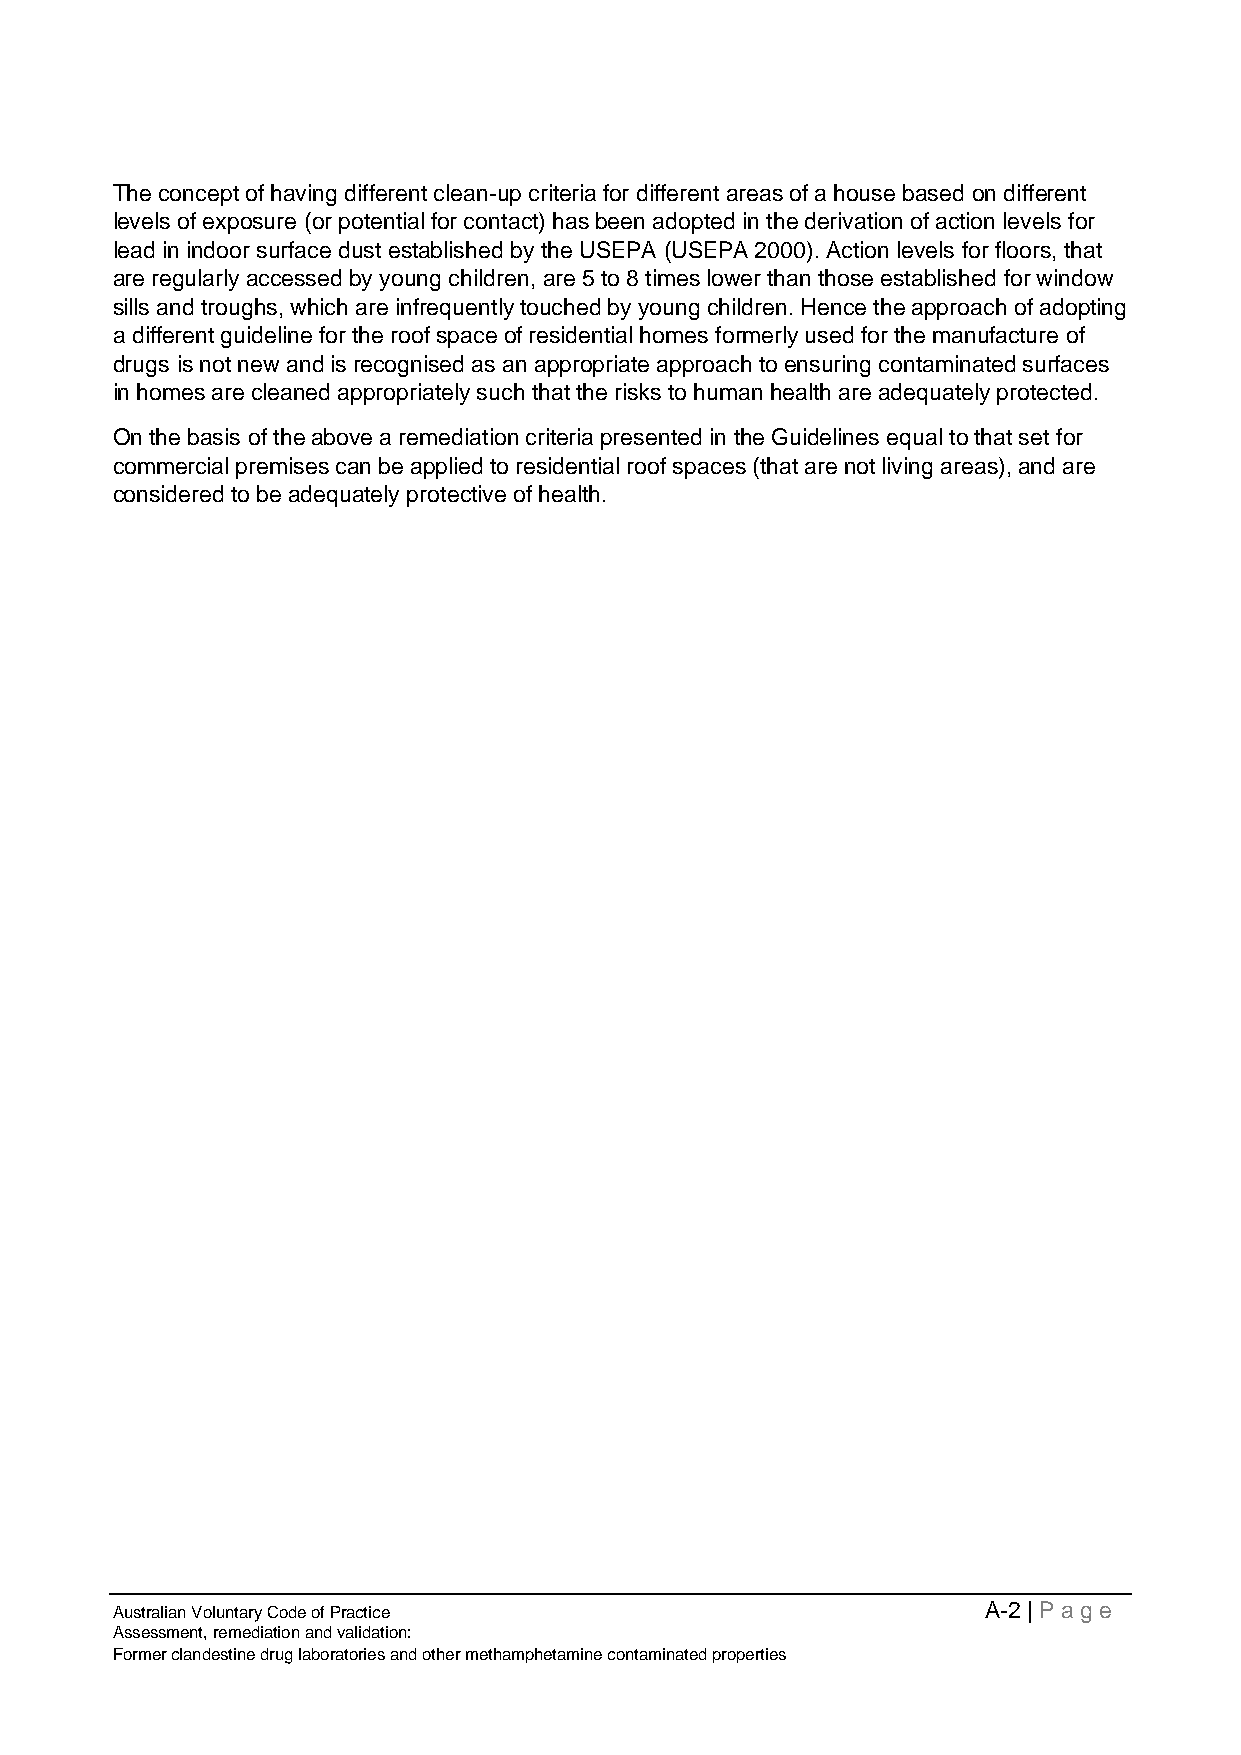
The concept of having different clean-up criteria for different areas of a house based on different
 levels of exposure (or potential for contact) has been adopted in the derivation of action levels for
 lead in indoor surface dust established by the USEPA (USEPA 2000). Action levels for floors, that
 are regularly accessed by young children, are 5 to 8 times lower than those established for window
 sills and troughs, which are infrequently touched by young children. Hence the approach of adopting
 a different guideline for the roof space of residential homes formerly used for the manufacture of
 drugs is not new and is recognised as an appropriate approach to ensuring contaminated surfaces
 in homes are cleaned appropriately such that the risks to human health are adequately protected.
 On the basis of the above a remediation criteria presented in the Guidelines equal to that set for
 commercial premises can be applied to residential roof spaces (that are not living areas), and are
 considered to be adequately protective of health.
 Australian Voluntary Code of Practice                     A-2 | Page
 Assessment, remediation and validation:
 Former clandestine drug laboratories and other methamphetamine contaminated properties